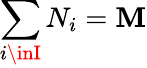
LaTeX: \sum_{i\inI}N_{i}=\mathbf{M}